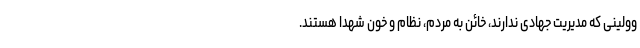
وولینی که مدیریت جهادی ندارند، خائن به مردم، نظام و خون شهدا هستند.